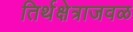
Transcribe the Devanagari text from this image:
तिर्थक्षेत्राजवळ